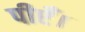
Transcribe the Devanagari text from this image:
पीएँ।